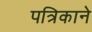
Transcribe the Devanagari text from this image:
पत्रिकाने